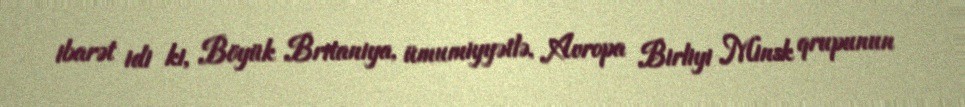
ibarət idi ki, Böyük Britaniya, ümumiyyətlə, Avropa Birliyi Minsk qrupunun